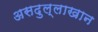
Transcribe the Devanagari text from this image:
असदुल्लाखान